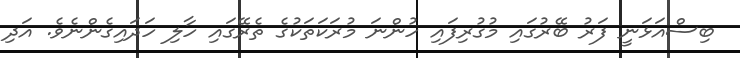
ބިސްއަޅަނީ ފަރު ބޭރުގައި މުގުރިފައި ހުންނަ މުރަކަތަކުގެ ތެރޭގައި ހާލި ހަދައިގެންނެވެ. އަދި